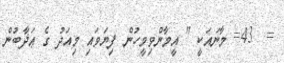
=  43= މާނައަކީ " އީމާންވިމީހުން ފިޔަވައި މިއަދު ގެ ޢަޛާބުން